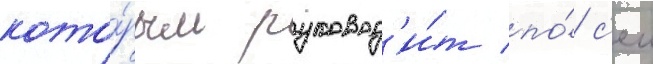
кото́рым руковод'и́т по́ с'еи